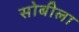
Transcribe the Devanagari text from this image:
सोबीला